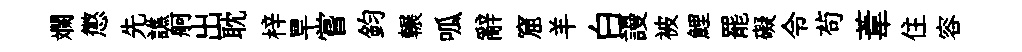
斕懲先譙舸出耽梓旱嘗鈞輾呱辭窟羊白謾被鯉罷礙令茍葦住容